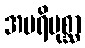
အပရိပုစ္ဆာ